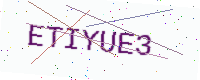
Text: ETIYUE3